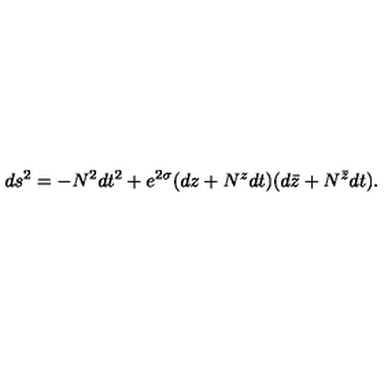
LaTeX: d s ^ { 2 } = - N ^ { 2 } d t ^ { 2 } + e ^ { 2 \sigma } ( d z + N ^ { z } d t ) ( d \bar { z } + N ^ { \bar { z } } d t ) .